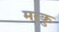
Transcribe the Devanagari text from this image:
मरकु